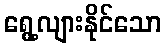
ရွေ့လျားနိုင်သော